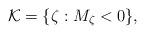
LaTeX: \begin{align*}{\cal K}=\{\zeta: M_{\zeta}<0\},\end{align*}